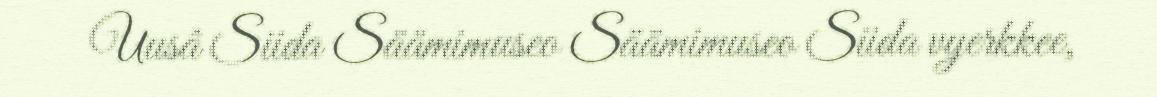
Uusâ Siida Säämimuseo Säämimuseo Siida vyerkkee,